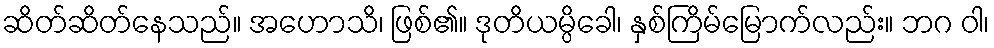
ဆိတ်ဆိတ်နေသည်။ အဟောသိ၊ ဖြစ်၏။ ဒုတိယမ္ပိခေါ၊ နှစ်ကြိမ်မြောက်လည်း။ ဘဂ ဝါ၊